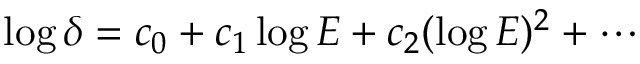
\log \delta = c _ { 0 } + c _ { 1 } \log E + c _ { 2 } ( \log E ) ^ { 2 } + \cdots